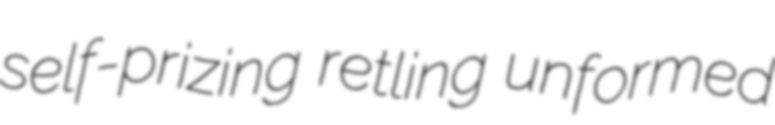
self-prizing retling unformed